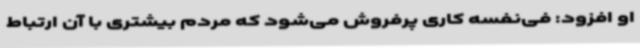
او افزود: فی‌نفسه کاری پرفروش می‌شود که مردم بیشتری با آن ارتباط